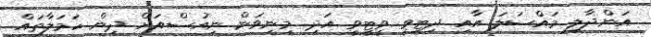
އަންދާލި މައްސަލަ އާއި ދިޓީވީ ވީޓީވީ އަދި މިނިވަން ނިއުސްއަށް ދިން ހަމަލާތައް